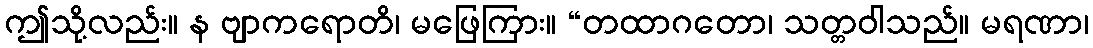
ဤသို့လည်း။ န ဗျာကရောတိ၊ မဖြေကြား။ “တထာဂတော၊ သတ္တဝါသည်။ မရဏာ၊